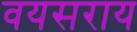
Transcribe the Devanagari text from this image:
वयसराय